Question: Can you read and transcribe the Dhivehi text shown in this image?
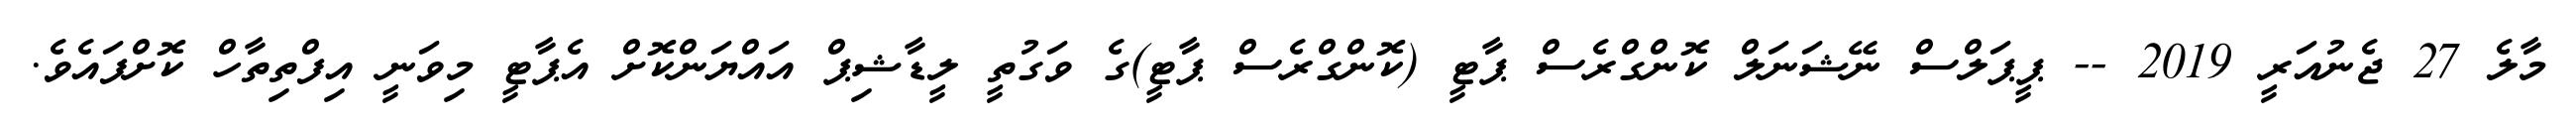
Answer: މާލެ 27 ޖެނުއަރީ 2019 -- ޕީޕަލްސް ނޭޝަނަލް ކޮންގްރެސް ޕާޓީ (ކޮންގްރެސް ޕާޓީ)ގެ ވަގުތީ ލީޑާޝިޕް އައްޔަންކޮށް އެޕާޓީ މިވަނީ އިފްތިތާހް ކޮށްފައެވެ.